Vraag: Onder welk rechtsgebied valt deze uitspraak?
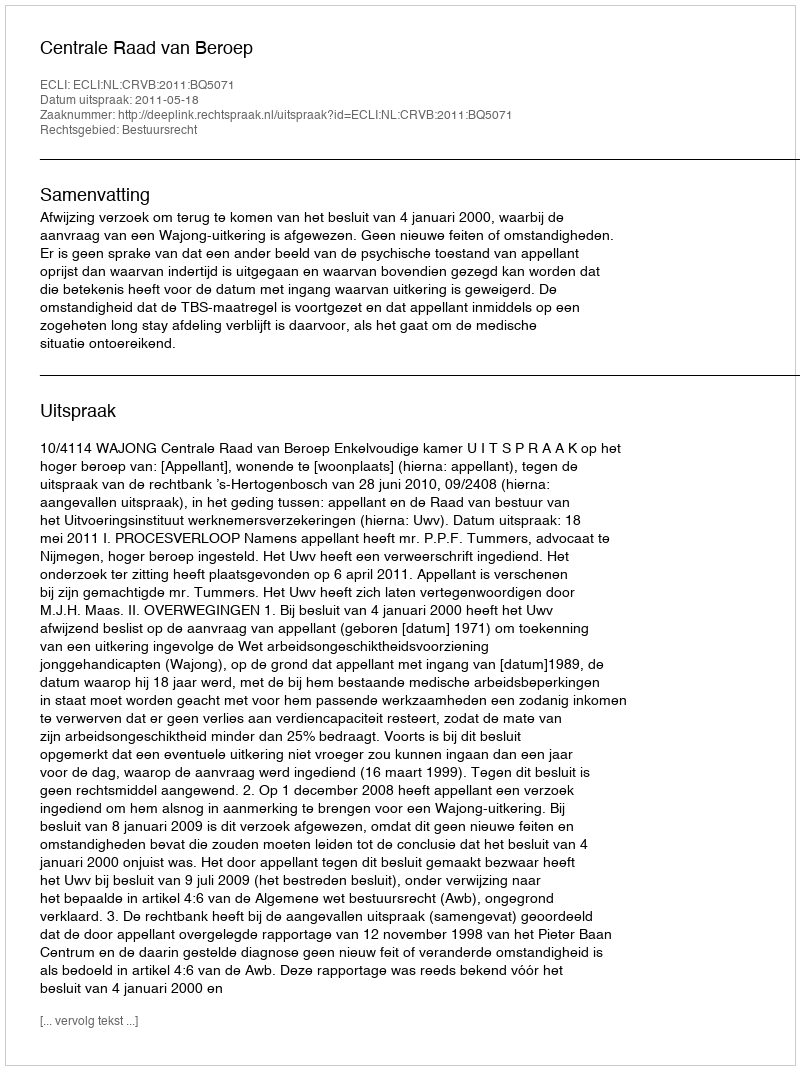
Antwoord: Bestuursrecht